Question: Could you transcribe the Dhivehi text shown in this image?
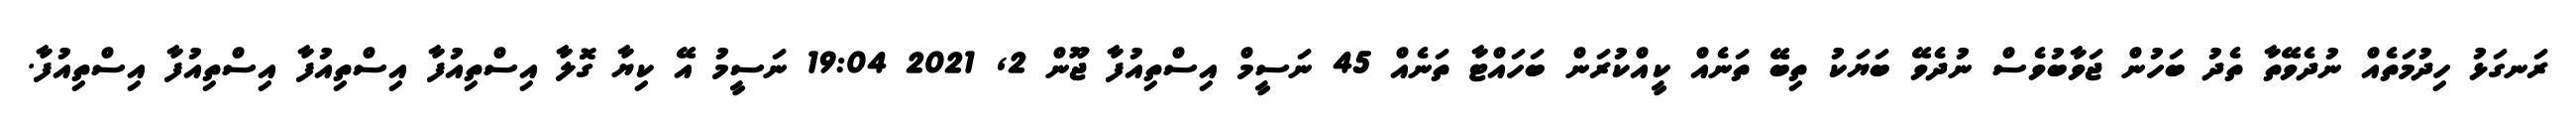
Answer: ރަނގަޅު ހިދުމަތެއް ނުދެވޭތާ ތެދު ބަހުން ޖަވާބުވެސް ނުދެވޭ ބަޔަކު ތިބޭ ތަނެއް ކީއްކުރަން ބަހައްޓާ ތަނެއް 45 ނަސީމް އިސްތިއުފާ ޖޫން 2, 2021 19:04 ނަސީމު އޭ ކިޔާ ގޮލާ އިސްތިއުފާ އިސްތިއުފާ އިސްތިއުފާ އިސްތިއުފާ.